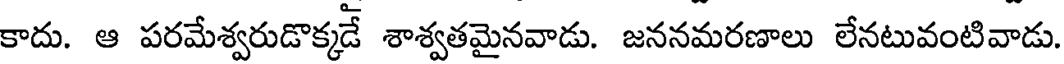
కాదు. ఆ పరమేశ్వరుడొక్కడే శాశ్వతమైనవాడు. జననమరణాలు లేనటువంటివాడు